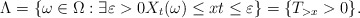
\begin{align*}\Lambda=\{\omega\in \Omega: \exists \varepsilon>0X_t(\omega)\leq x t\leq \varepsilon\}=\{T_{>x}>0\}. \end{align*}